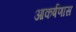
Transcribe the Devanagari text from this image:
आकर्षणास